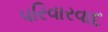
પરિવારવાદ